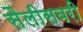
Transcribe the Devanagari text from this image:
सैलीसबरी